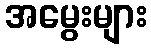
အမွေးများ